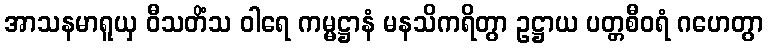
အာသနမာရူယှ ဝီသတိံသ ဝါရေ ကမ္မဋ္ဌာနံ မနသိကရိတွာ ဥဋ္ဌာယ ပတ္တစီဝရံ ဂဟေတွာ